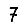
Digit: 7